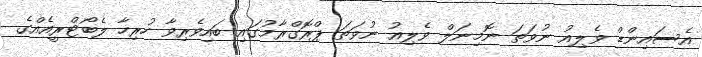
އެސައިންޑް ވެލިއު ނުވަތަ ނޮމިނަލް ވެލިއު ނުވަތަ ޕްރޮގްރާމުގައި ބައިވެރިވާ ހުރިހާ ލެބޯޓްރީއެެއްގެ